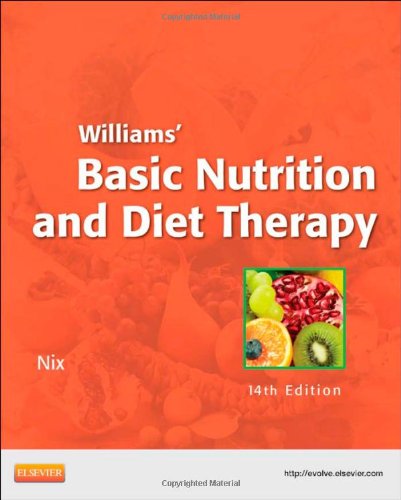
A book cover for Williams' Basic Nutrition & Diet Therapy, 14e (LPN Threads); Staci Nix MS  RD  CD; Medical Books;